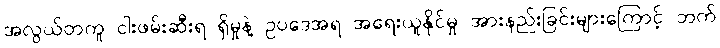
အလွယ်တကူ ငါးဖမ်းဆီးရ ရှိမှုနဲ့ ဥပဒေအရ အရေးယူနိုင်မှု အားနည်းခြင်းများကြောင့် ဘက်